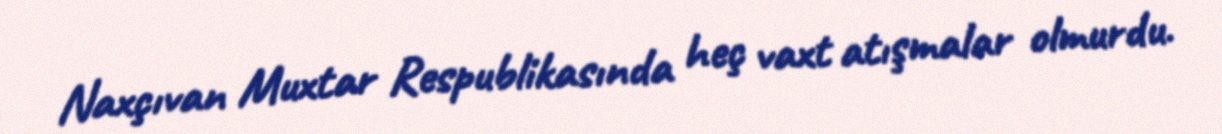
Naxçıvan Muxtar Respublikasında heç vaxt atışmalar olmurdu.